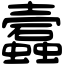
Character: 蠧